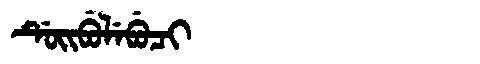
Manchu: ᡩᡠᡳᠪᡠᠯᡝᠪᡠᠴᡳ
Romanization: DUIBULEBUCI